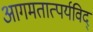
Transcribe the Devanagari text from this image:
आगमतात्पर्यविद्